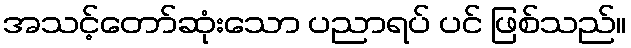
အသင့်တော်ဆုံးသော ပညာရပ် ပင် ဖြစ်သည်။